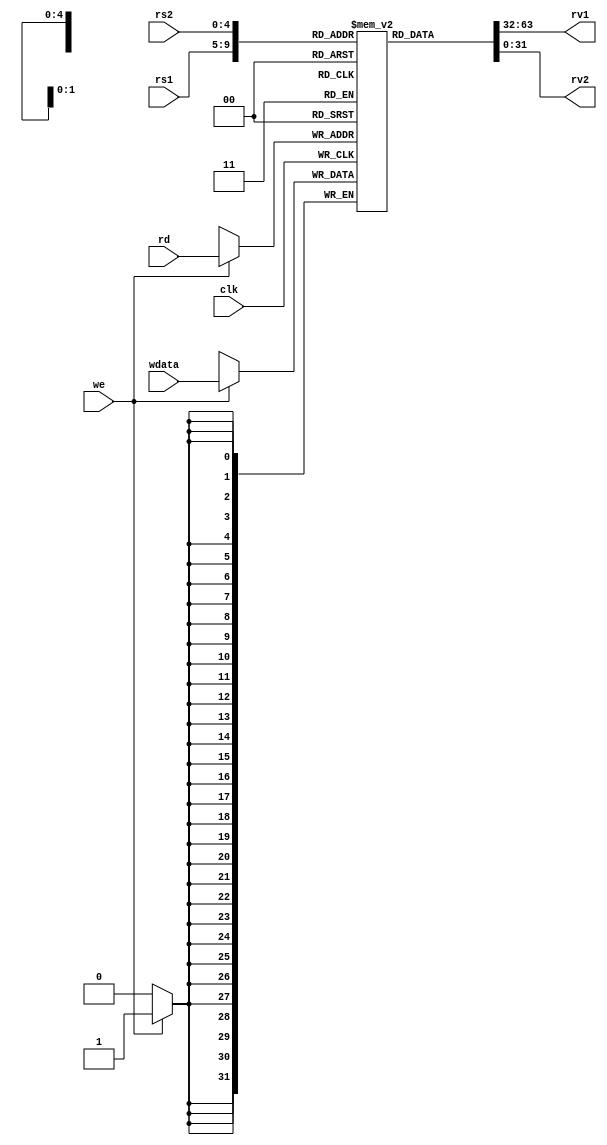
//**************************************************************
// Assignment 3
// Description: Register File
//              - 32, 32-bit internal registers
//              - 2 read ports, 1 write port
//              - Read ports - combinational
//              - Write port - synchronous with posedge
//
//**************************************************************

module regfile ( input [4:0] rs1,     // address of first operand to read - 5 bits
                 input [4:0] rs2,     // address of second operand
                 input [4:0] rd,      // address of value to write
                 input we,            // should write update occur
                 input [31:0] wdata,  // value to be written
                 output [31:0] rv1,   // First read value
                 output [31:0] rv2,   // Second read value
                 input clk            // Clock signal - all changes at clock posedge
               );

    // Desired function
    // rv1, rv2 are combinational outputs - they will update whenever rs1, rs2 change
    // on clock edge, if we=1, regfile entry for rd will be updated

    // 32, 32-bit internal registers
    reg [31:0] internalRegisters [0:31];
    reg [31:0] rv1_r, rv2_r;

    integer i;
    initial begin
        for (i=0;i<32;i=i+1)
            internalRegisters[i] = 32'b0;
    end

    // synchronous write operations
    always @(posedge clk) begin
        if (we == 1'b1)
            internalRegisters[rd] <= wdata;
    end

    // combinational read operations
    always @(rs1, rs2) begin
        rv1_r = internalRegisters[rs1];
        rv2_r = internalRegisters[rs2];
    end

    // assigning outputs
    assign rv1 = rv1_r;
    assign rv2 = rv2_r;

endmodule